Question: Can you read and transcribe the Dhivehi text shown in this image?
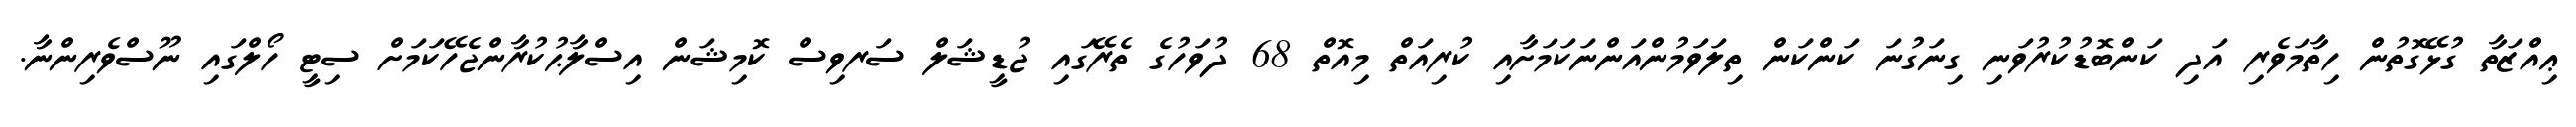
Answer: ޢިއްޒަތާ ގުޅޭގޮތުން ހިތާމަވެރި އަދި ކަންބޮޑުކުރުވަނި ގިނަގުނަ ކަންކަން ތިލަވަމުންއަންނަކަމަށާއި ކުރިއަތް މިއޮތް 68 ދުވަހުގެ ތެރޭގައި ޖުޑީޝަލް ސަރވިސް ކޮމިޝަން އިސްލާޙުކުރާންޖެހޭކަމަށް ސިޓީ ހޯލްގައި ނޫސްވެރިންނާ.